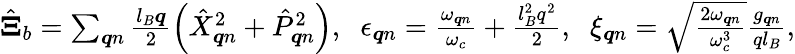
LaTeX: \begin{array}{r}{\hat{\boldsymbol{\Xi}}_{b}=\sum_{\boldsymbol{q}n}\frac{l_{B}\boldsymbol{q}}{2}\left(\hat{X}_{\boldsymbol{q}n}^{2}+\hat{P}_{\boldsymbol{q}n}^{2}\right),\; \; \epsilon_{\boldsymbol{q}n}=\frac{\omega_{\boldsymbol{q}n}}{\omega_{c}}+\frac{l_{B}^{2}q^{2}}{2},\; \; \xi_{\boldsymbol{q}n}=\sqrt{\frac{2\omega_{\boldsymbol{q}n}}{\omega_{c}^{3}}}\frac{g_{\boldsymbol{q}n}}{ql_{B}},}\end{array}